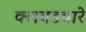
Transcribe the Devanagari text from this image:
क्लबडवारे